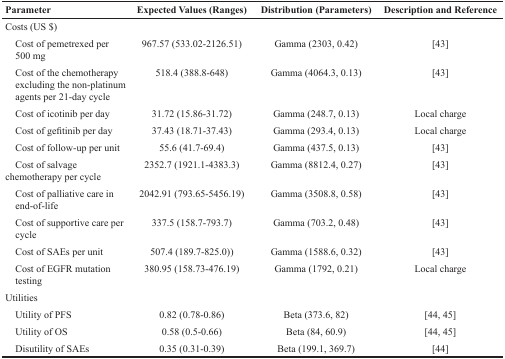
| Parameter | Expected Values (Ranges) | Distribution (Parameters) | Description and Reference |
 | --- | --- | --- | --- |
 | <COLSPAN=4> Costs (US $) |
 | Cost of pemetrexed per 500 mg | 967.57 (533.02-2126.51) | Gamma (2303, 0.42) | [43] |
 | Cost of the chemotherapy excluding the non-platinum agents per 21-day cycle | 518.4 (388.8-648) | Gamma (4064.3, 0.13) | [43] |
 | Cost of icotinib per day | 31.72 (15.86-31.72) | Gamma (248.7, 0.13) | Local charge |
 | Cost of gefitinib per day | 37.43 (18.71-37.43) | Gamma (293.4, 0.13) | Local charge |
 | Cost of follow-up per unit | 55.6 (41.7-69.4) | Gamma (437.5, 0.13) | [43] |
 | Cost of salvage chemotherapy per cycle | 2352.7 (1921.1-4383.3) | Gamma (8812.4, 0.27) | [43] |
 | Cost of palliative care in end-of-life | 2042.91 (793.65-5456.19) | Gamma (3508.8, 0.58) | [43] |
 | Cost of supportive care per cycle | 337.5 (158.7-793.7) | Gamma (703.2, 0.48) | [43] |
 | Cost of SAEs per unit | 507.4 (189.7-825.0)) | Gamma (1588.6, 0.32) | [43] |
 | Cost of EGFR mutation testing | 380.95 (158.73-476.19) | Gamma (1792, 0.21) | Local charge |
 | <COLSPAN=4> Utilities |
 | Utility of PFS | 0.82 (0.78-0.86) | Beta (373.6, 82) | [44, 45] |
 | Utility of OS | 0.58 (0.5-0.66) | Beta (84, 60.9) | [44, 45] |
 | Disutility of SAEs | 0.35 (0.31-0.39) | Beta (199.1, 369.7) | [44] |